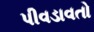
પીવડાવતો